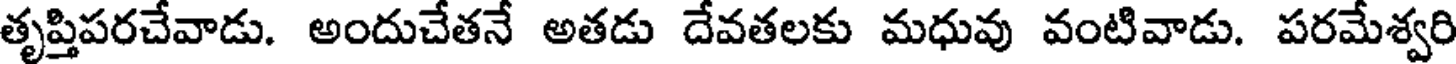
తృప్తిపరచేవాడు. అందుచేతనే అతడు దేవతలకు మధువు వంటివాడు. పరమేశ్వరి